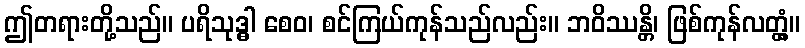
ဤတရားတို့သည်။ ပရိသုဒ္ဓါ စေဝ၊ စင်ကြယ်ကုန်သည်လည်း။ ဘဝိဿန္တိ၊ ဖြစ်ကုန်လတ္တံ့။